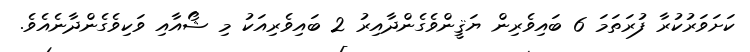
ކަށަވަރުކުރާ ފުރަތަމަ 6 ބައިވެރިން ޔަޤީންވެގެންދާއިރު 2 ބައިވެރިއަކު މި ޝޯއާއި ވަކިވެގެންދާނެއެވެ.